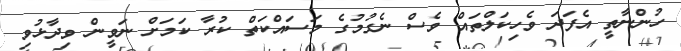
ހުންނާތީ އެފަދަ ވެހިކަލްތައް ވެސް ނެގުމުގެ މަސައްކަތް ކުރާ ކަމަށް ނަވީން ވިދާޅުވި